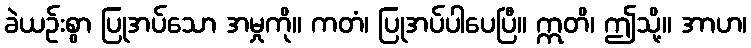
ခဲယဉ်းစွာ ပြုအပ်သော အမှုကို။ ကတံ၊ ပြုအပ်ပါပေပြီ။ ဣတိ၊ ဤသို့။ အာဟ၊